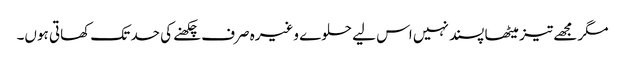
مگر مجھے تیز میٹھا پسند نہیں اس لیے حلوے وغیرہ صرف چکھنے کی حد تک کھاتی ہوں۔